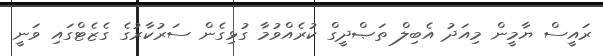
ރައީސް ޔާމީން މިއަދު އެބިލް ތަޞްދީގް ކުރެއްވުމާ ގުޅިގެން ސަރުކާރުގެ ގެޒެޓްގައި ވަނީ